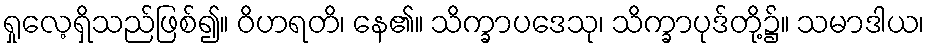
ရှုလေ့ရှိသည်ဖြစ်၍။ ဝိဟရတိ၊ နေ၏။ သိက္ခာပဒေသု၊ သိက္ခာပုဒ်တို့၌။ သမာဒါယ၊